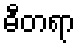
ဓီတရာ